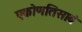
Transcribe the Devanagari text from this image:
एकोणतिसावं